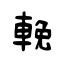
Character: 輓